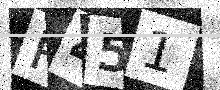
Text: R451